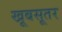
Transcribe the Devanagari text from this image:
खूबसूतर